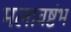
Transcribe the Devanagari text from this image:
मलावष्टंभ